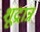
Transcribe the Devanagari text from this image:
शूद्रान्नं